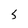
Character: S